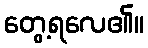
တွေ့ရလေ၏။